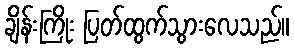
ချိန်းကြိုး ပြတ်ထွက်သွားလေသည်။